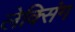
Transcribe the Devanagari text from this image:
लेक्सिंग